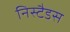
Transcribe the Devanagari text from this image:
निस्टैडस